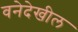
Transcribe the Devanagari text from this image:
वनेदेखील